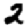
Digit: 2